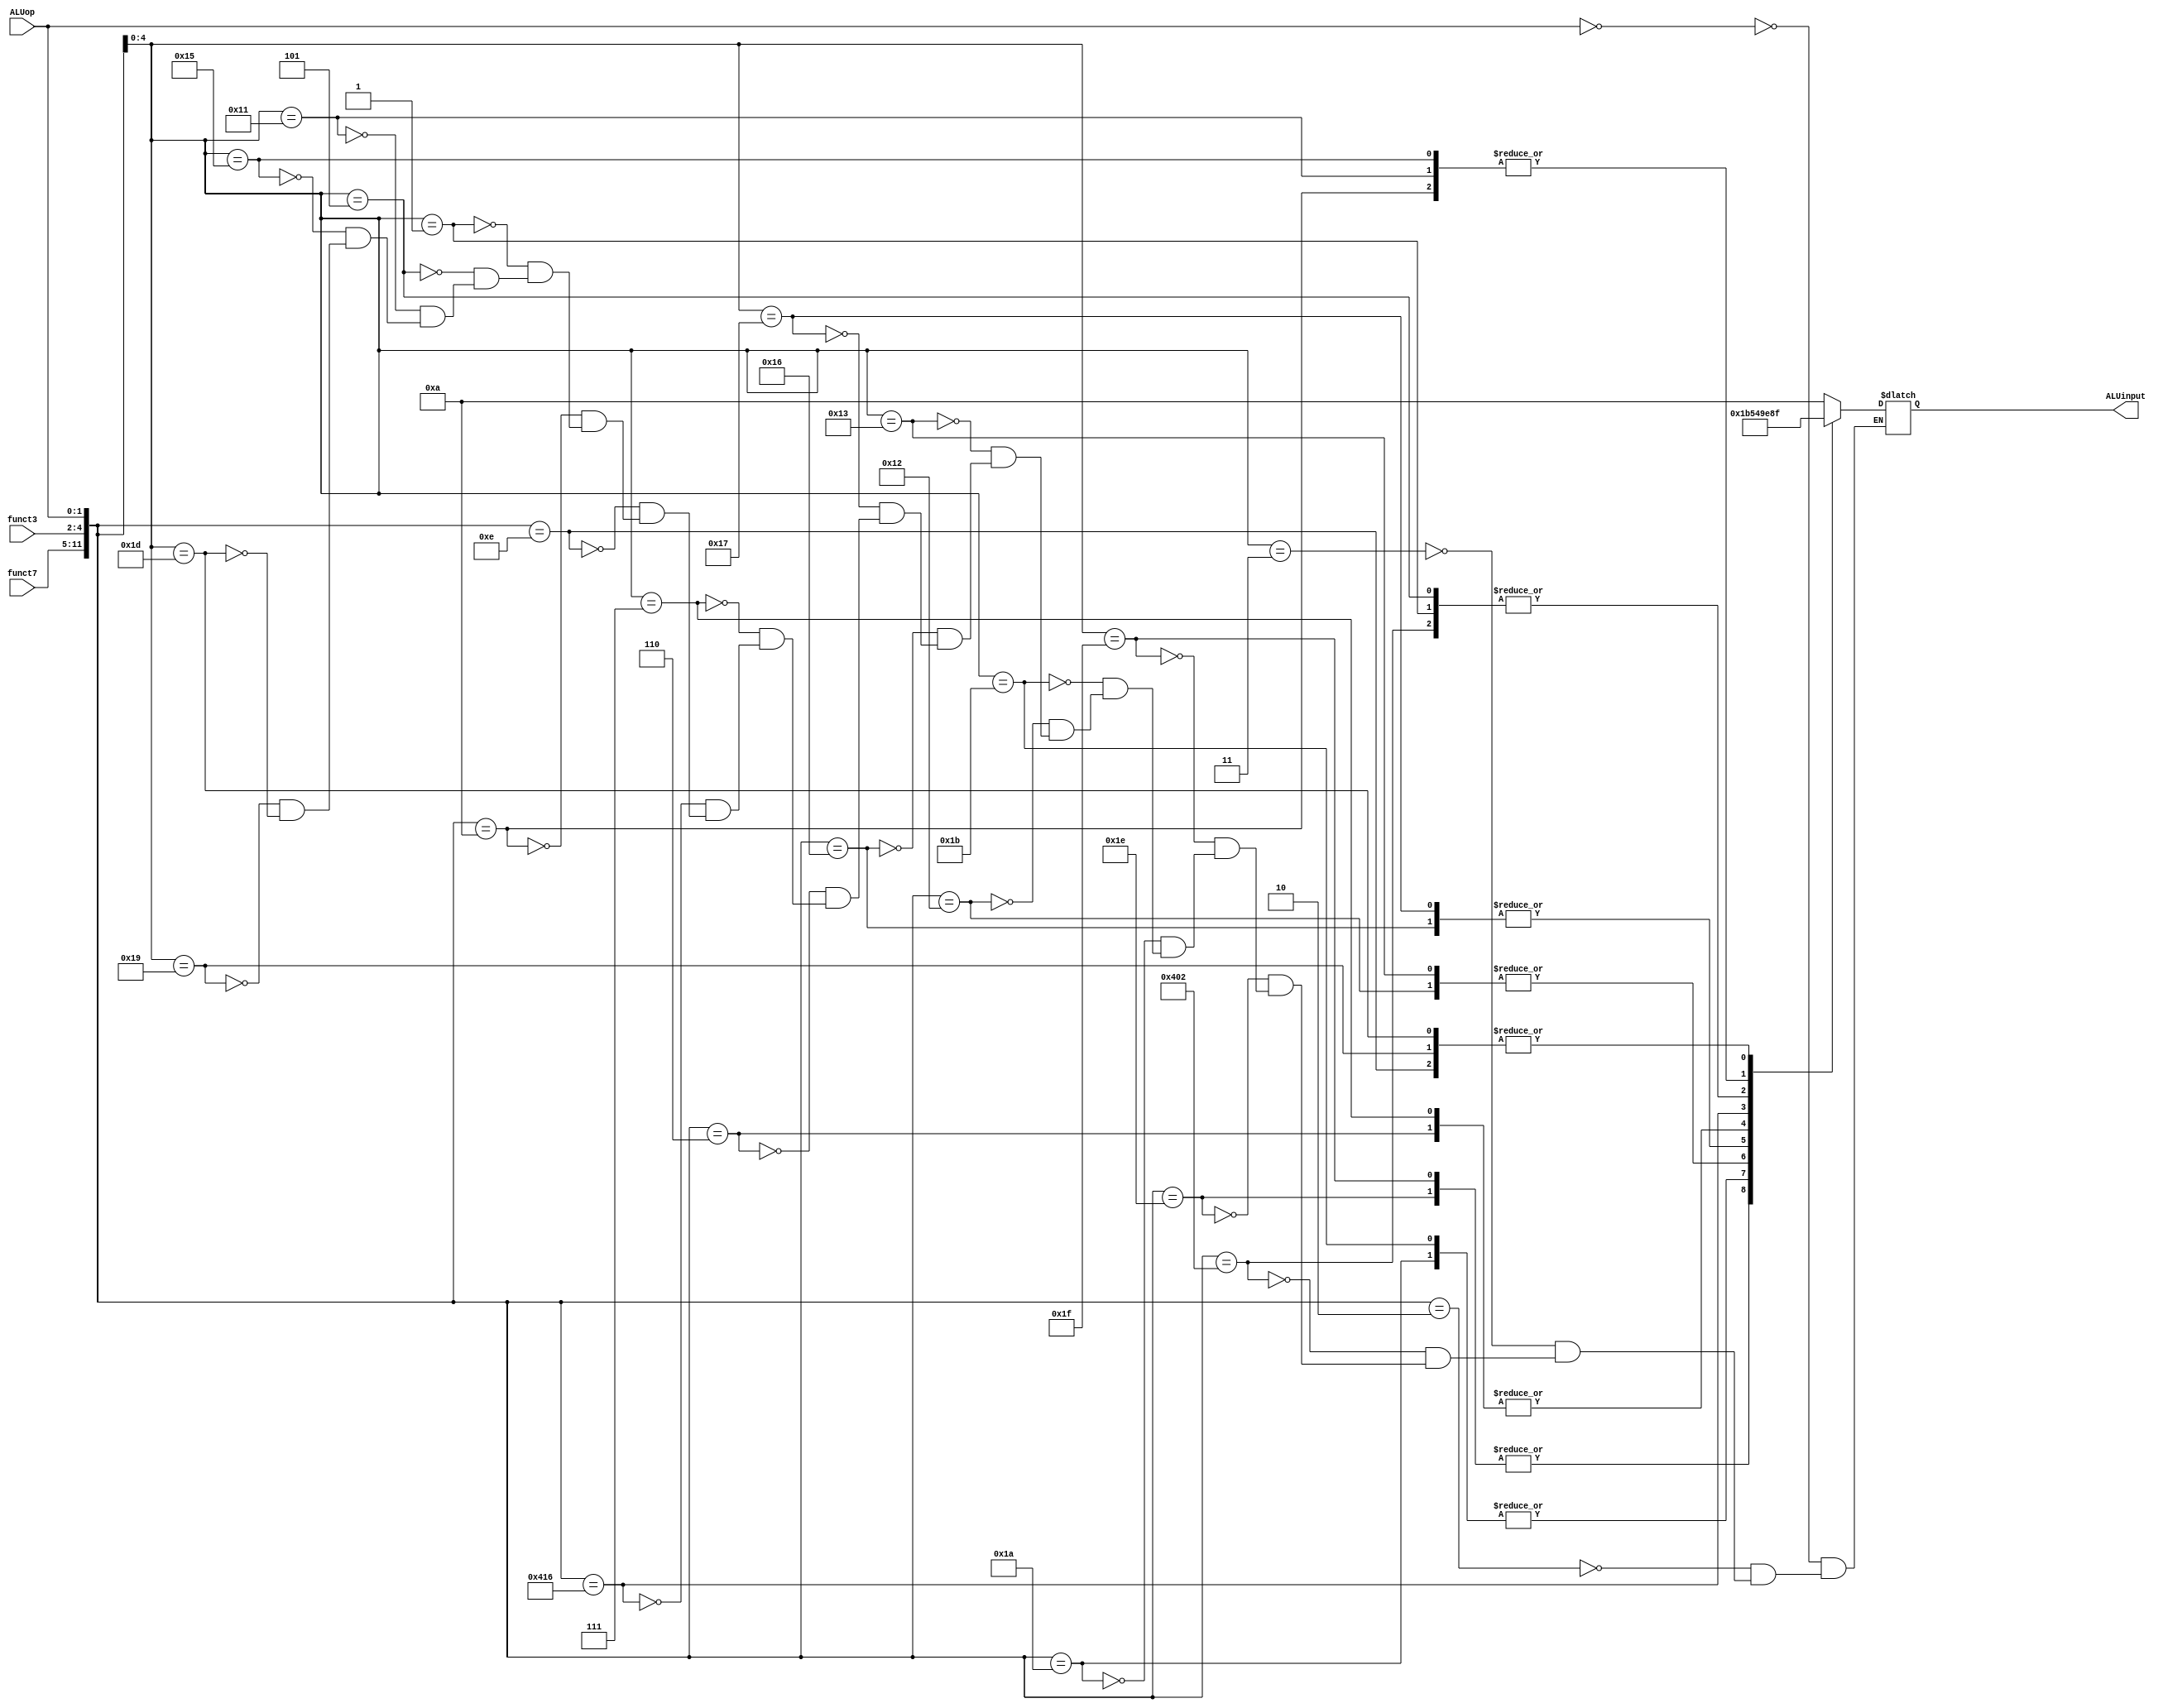
`timescale 1ns / 1ps
//////////////////////////////////////////////////////////////////////////////////
// Company: 
// Engineer: 
// 
// Design Name: 
// Module Name: ALUcontrol
// Project Name: 
// Target Devices: 
// Tool Versions: 
// Description: 
// 
// Dependencies: 
// 
// Revision:
// Revision 0.01 - File Created
// Additional Comments:
// 
//////////////////////////////////////////////////////////////////////////////////


module ALUcontrol(input [1:0] ALUop, input [6:0] funct7, input [2:0] funct3, output reg [3:0] ALUinput);
    always@(*) begin
        casex({funct7, funct3, ALUop})
            12'bxxxxxxxxxx00: ALUinput = 0010; //sw, lw
            12'b000000000010: ALUinput = 0010; //add
            12'bxxxxxxx00011: ALUinput = 0010; //addi
            12'b010000000010: ALUinput = 0110; //sub
            12'b000000011110: ALUinput = 0000; //and
            12'bxxxxxxx11111: ALUinput = 0000; //andi
            12'b000000011010: ALUinput = 0001; //or
            12'bxxxxxxx11011: ALUinput = 0001; //ori
            12'b000000010010: ALUinput = 0011; //xor
            12'bxxxxxxx10011: ALUinput = 0011; //xori
            12'b000000010110: ALUinput = 0101; //srl
            12'bxxxxxxx10111: ALUinput = 0101; //srli
            12'b000000000110: ALUinput = 0100; //sll
            12'bxxxxxxx00111: ALUinput = 0100; //slli
            12'b010000010110: ALUinput = 1001; //sra
            12'bxxxxxxx10111: ALUinput = 1001; //srai
            12'b000000001110: ALUinput = 0111; //sltu
            12'b000000001010: ALUinput = 1000; //slt
            12'bxxxxxxx00001: ALUinput = 0110; //beq
            12'bxxxxxxx00101: ALUinput = 0110; //bne
            12'bxxxxxxx10001: ALUinput = 1000; //blt
            12'bxxxxxxx10101: ALUinput = 1000; //bge
            12'bxxxxxxx11001: ALUinput = 0111; //bltu
            12'bxxxxxxx11101: ALUinput = 0111; //bgeu
        endcase
    end                    
endmodule